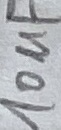
Text: 10µF